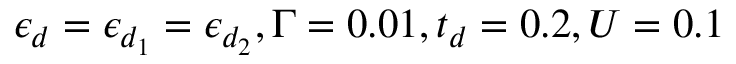
\epsilon _ { d } = \epsilon _ { d _ { 1 } } = \epsilon _ { d _ { 2 } } , \Gamma = 0 . 0 1 , t _ { d } = 0 . 2 , U = 0 . 1